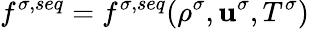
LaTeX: f^{\sigma,seq}=f^{\sigma,seq}(\rho^{\sigma},\mathbf{u}^{\sigma},T^{\sigma})